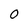
Character: 0